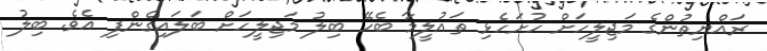
ރައްޔިތުންގެ މަޖިލީހަށް ހުށަހެޅި ތައުލީމާ ބެހޭ ބިލު މަޖިލީހަށް ބަލައިގެންފި އެވެ. ބިލު